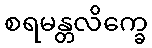
စရမန္တလိက္ခေ